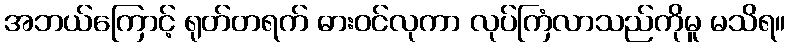
အဘယ်ကြောင့် ရုတ်တရက် ဓားဝင်လုကာ လုပ်ကြံလာသည်ကိုမူ မသိရ။